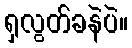
ရှလွတ်ခနဲပဲ။